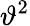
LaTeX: \vartheta^{2}